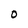
Character: 0